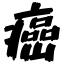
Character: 癌